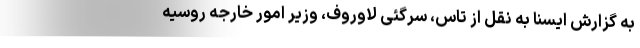
به گزارش ایسنا به نقل از تاس، سرگئی لاوروف، وزیر امور خارجه روسیه